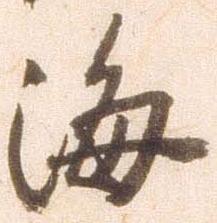
海